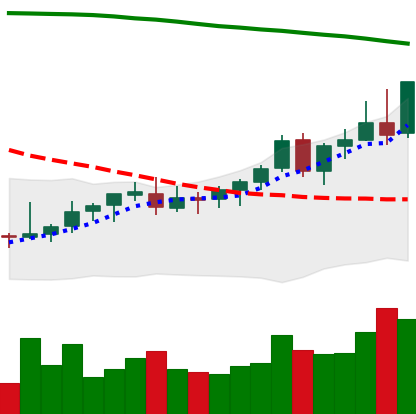
Ticker: EOS-USD
Chart end date: 2021-08-13
Forward return: -3.143%
Label: down_3_5